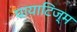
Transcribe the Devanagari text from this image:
पायाटिज्म